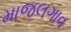
માજલગાવ